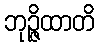
ဘုဉ္ဇိထာတိ